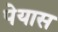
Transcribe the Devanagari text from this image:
पेयास